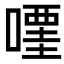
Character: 𠽥